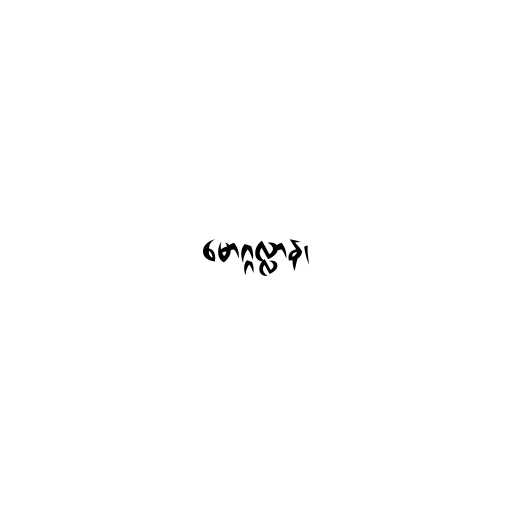
မောဂ္ဂလ္လာန၊